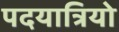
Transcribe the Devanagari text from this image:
पदयात्रियो